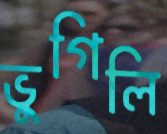
ভুগিলি